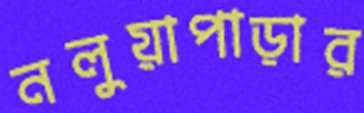
নলুয়াপাড়ার